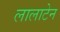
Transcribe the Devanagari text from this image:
लालाटेन